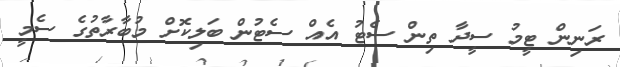
ރަނިން ޓީމު ސީދާ ތިން ސެޓު އެއް ސެޓުން ބަލިކޮށް މުބާރާތުގެ ސެމީ